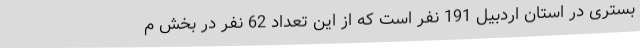
بستری در استان اردبیل 191 نفر است که از این تعداد 62 نفر در بخش م